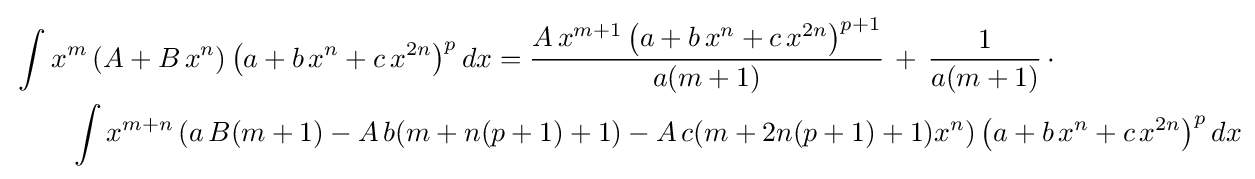
{\begin{aligned}&\int x^{m}\left(A+B\,x^{n}\right)\left(a+b\,x^{n}+c\,x^{2n}\right)^{p}dx={\frac {A\,x^{m+1}\left(a+b\,x^{n}+c\,x^{2n}\right)^{p+1}}{a(m+1)}}\,+\,{\frac {1}{a(m+1)}}\,\cdot \\&\qquad \int x^{m+n}\left(a\,B(m+1)-A\,b(m+n(p+1)+1)-A\,c(m+2n(p+1)+1)x^{n}\right)\left(a+b\,x^{n}+c\,x^{2n}\right)^{p}dx\end{aligned}}